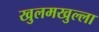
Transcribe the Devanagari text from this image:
खुलमखुल्ला